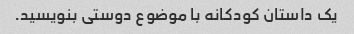
یک داستان کودکانه با موضوع دوستی بنویسید.